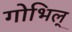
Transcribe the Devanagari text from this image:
गोभिल्